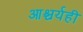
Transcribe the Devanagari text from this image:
आश्चर्यही